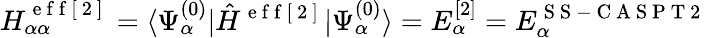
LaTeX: H_{\alpha\alpha}^{\mathrm{~e~f~f~[~2~]~}}=\langle\Psi_{\alpha}^{(0)}|\hat{H}^{\mathrm{~e~f~f~[~2~]~}}|\Psi_{\alpha}^{(0)}\rangle=E_{\alpha}^{[2]}=E_{\alpha}^{\mathrm{~S~S~-~C~A~S~P~T~2~}}